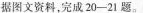
据图文资料，完成20-21题。